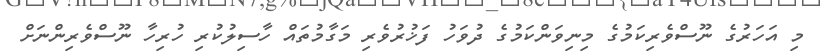
މި އަހަރުގެ ނޫސްވެރިކަމުގެ މިނިވަންކަމުގެ ދުވަހު ފަޚުރުވެރި މަގާމުތައް ހާސިލުކުރި ހުރިހާ ނޫސްވެރިންނަށް